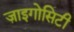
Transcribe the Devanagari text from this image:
ज़ाइगोसिटी